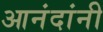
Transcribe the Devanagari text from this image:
आनंदांनी